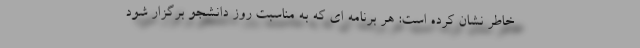
خاطر نشان کرده است: هر برنامه ای که به مناسبت روز دانشجو برگزار شود